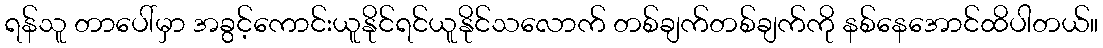
ရန်သူ တာပေါ်မှာ အခွင့်ကောင်းယူနိုင်ရင်ယူနိုင်သလောက် တစ်ချက်တစ်ချက်ကို နစ်နေအောင်ထိပါတယ်။